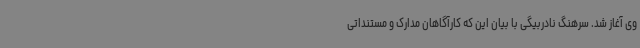
وی آغاز شد. سرهنگ نادربیگی با بیان این که کارآگاهان مدارک و مستنداتی